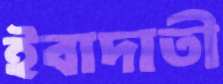
ইবাদাতী